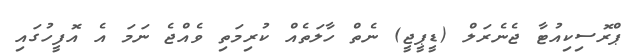
ޕްރޮސިކިއުޓާ ޖެނެރަލް (ޑީޕީޖީ) ނެތް ހާލަތެއް ކުރިމަތި ވެއްޖެ ނަމަ އެ އޮފީހުގައި